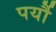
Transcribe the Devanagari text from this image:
पर्यौ